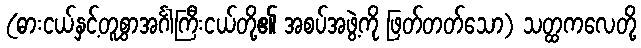
(ဓားငယ်နှင့်တူစွာအင်္ဂါကြီးငယ်တို့၏ အစပ်အဖွဲ့ကို ဖြတ်တတ်သော) သတ္ထကလေတို့